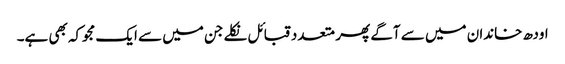
اودھ خاندان میں سے آگے پھر متعدد قبائل نکلے جن میں سے ایک مجوکہ بھی ہے۔